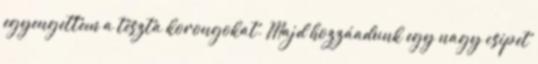
egyengettem a tészta korongokat. Majd hozzáadunk egy nagy csipet